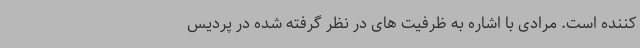
کننده است. مرادی با اشاره به ظرفیت های در نظر گرفته شده در پردیس